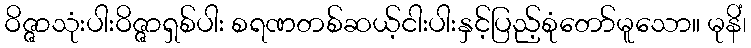
ဝိဇ္ဇာသုံးပါးဝိဇ္ဇာရှစ်ပါး စရဏတစ်ဆယ့်ငါးပါးနှင့်ပြည့်စုံတော်မူသော။ မုနိံ၊